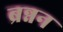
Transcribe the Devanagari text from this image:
ब्रन्नन